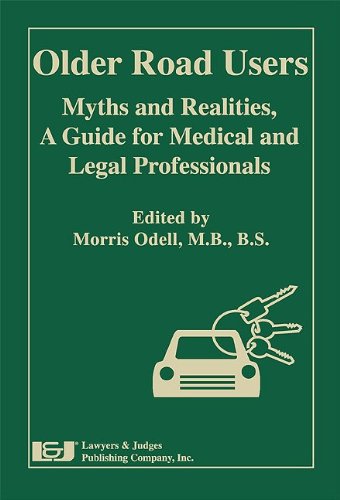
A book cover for Older Road Users: Myths and Realities, A Guide for Medical and Legal Professionals; Morris Odell; Law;